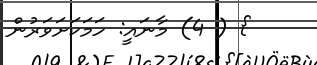
} ( 4) މާނައީ: ހަމަކަށަވަރުން